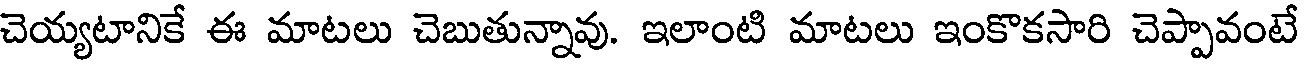
చెయ్యటానికే ఈ మాటలు చెబుతున్నావు. ఇలాంటి మాటలు ఇంకొకసారి చెప్పావంటే